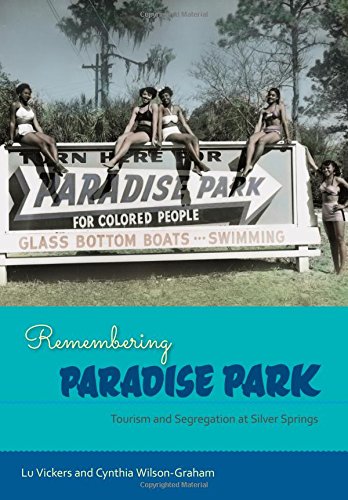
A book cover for Remembering Paradise Park: Tourism and Segregation at Silver Springs; Lu Vickers; Travel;